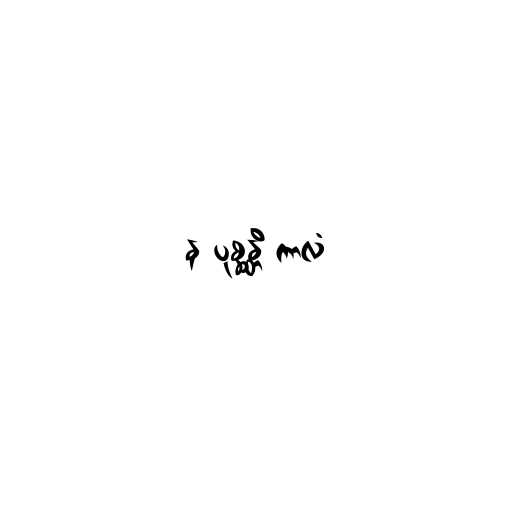
န ပုစ္ဆန္တိ ကာလံ